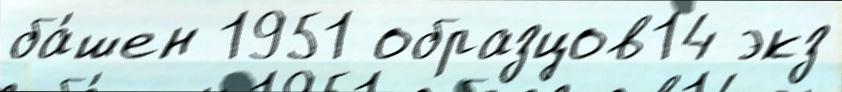
ба́шен 1951 образцов14 экз